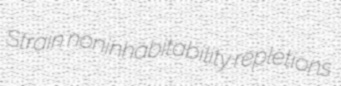
Strain noninhabitability repletions